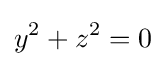
y^{2}+z^{2}=0